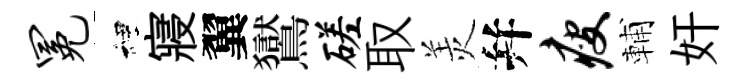
冕裡寢翼鸑磋取羙幷瘦輔奸